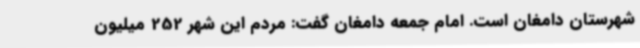
شهرستان دامغان است. امام جمعه دامغان گفت: مردم این شهر 252 میلیون